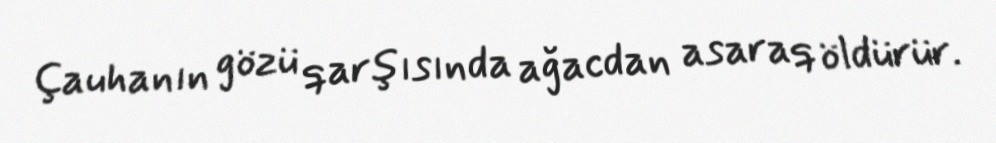
Çauhanın gözü qarşısında ağacdan asaraq öldürür.